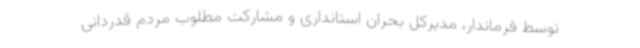
توسط فرماندار، مدیرکل بحران استانداری و مشارکت مطلوب مردم قدردانی